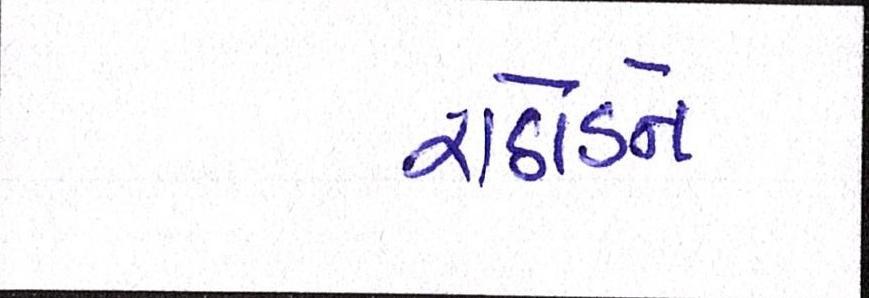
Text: રાઠોડને